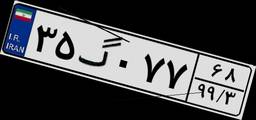
۳۵گ۰۷۷۶۸